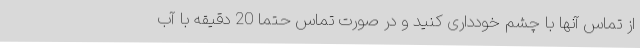
از تماس آنها با چشم خودداری کنید و در صورت تماس حتما 20 دقیقه با آب